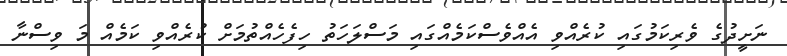
ނަށީދުގެ ވެރިކަމުގައި ކުރެއްވި އެއްވެސްކަމެއްގައި މަސްލަހަތު ހިފެހެއްތުމަށް ކުރެއްވި ކަމެއް މަ ވިސްނާ